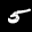
Label: 5